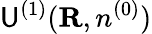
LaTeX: {\cal\mathsf{U}}^{(1)}({\mathbf{R}},n^{(0)})